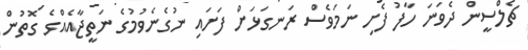
ޗެލްސީން ދެވަނަ ހާފު ފެށި ނަމަވެސް ރަނގަޅަށް ފަށައި ނުގެނެވުމުގެ ނަތީޖާއެއްގެ ގޮތުންް